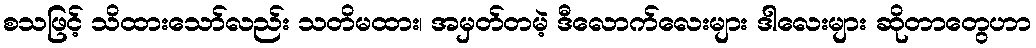
စသဖြင့် သိထားသော်လည်း သတိမထား၊ အမှတ်တမဲ့ ဒီလောက်လေးများ ဒါလေးများ ဆိုတာတွေဟာ